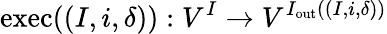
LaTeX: \mathrm{exec}((I,i,\delta)):V^{I}\rightarrow V^{I_{\mathrm{out}}((I,i,\delta))}